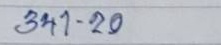
341 - 20